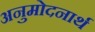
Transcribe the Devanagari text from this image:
अनुमोदनार्थ